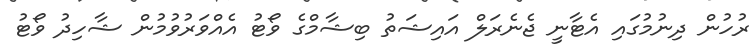
ރުހުން ދިނުމުގައި އެޓާނީ ޖެނެރަލް އައިޝަތު ބިޝާމްގެ ވޯޓު އެއްވަރުވުމުން ޝާހިދު ވޯޓު